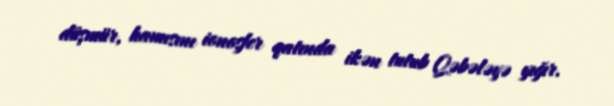
düşmür, hamısını ionosfer qatında ikən tutub Qəbələyə yığır.